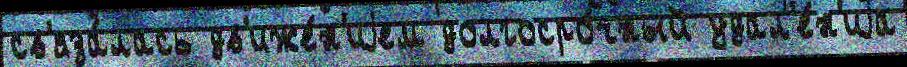
св'яза́лась дв'иже́н'иjем долгосро́чный удал'е́н'иjа